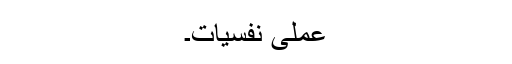
عملی نفسیات۔